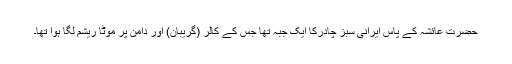
حضرت عائشہ کے پاس ایرانی سبز چادرکا ایک جبہ تھا جس کے کالر (گریبان) اور دامن پر موٹا ریشم لگا ہوا تھا۔